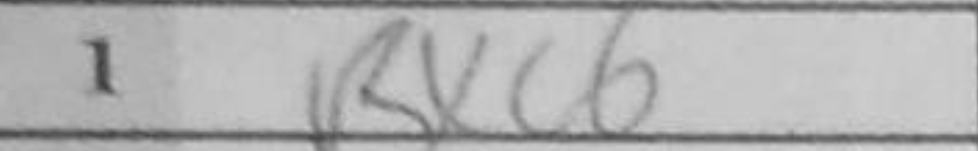
Transcription: Rxc6